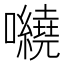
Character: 𡅍